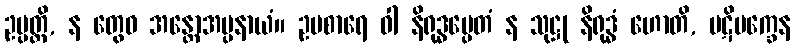
ဥပ္ပတ္တိ, န တွေဝ အန္တောအပ္ပနာယံ။ ဥပစာရေ ဝါ နိရုဒ္ဓမ္ပေတံ န သုဋ္ဌု နိရုဒ္ဓံ ဟောတိ, ပဋိပက္ခေန